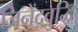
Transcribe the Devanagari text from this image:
जिनेंद्रवुद्धि